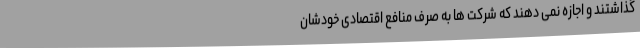
گذاشتند و اجازه نمی‌ دهند که شرکت‌ ها به صرف منافع اقتصادی خودشان